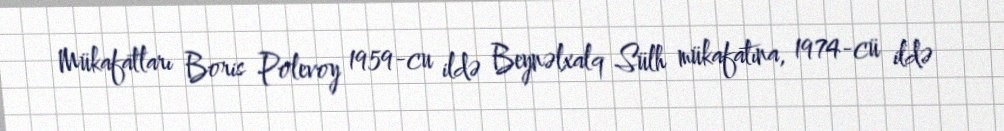
Mükafatları Boris Polevoy 1959-cu ildə Beynəlxalq Sülh mükafatına, 1974-cü ildə